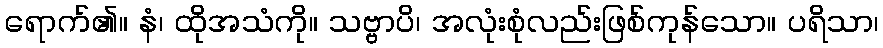
ရောက်၏။ နံ၊ ထိုအသံကို။ သဗ္ဗာပိ၊ အလုံးစုံလည်းဖြစ်ကုန်သော။ ပရိသာ၊